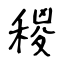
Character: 稯